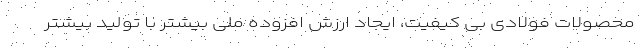
محصولات فولادی بی کیفیت، ایجاد ارزش افزوده ملی بیشتر با تولید بیشتر